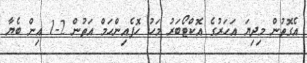
އެގޮތުން މިދިޔަ އަހަރުގެ އޮކްޓޯބަރު މަހު ހޮފެއިންހަމް އަތުން 2-1 އިން ބެޔާ